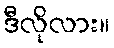
ဒီလိုလား။